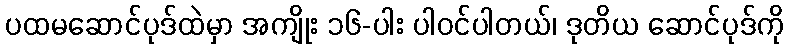
ပထမဆောင်ပုဒ်ထဲမှာ အကျိုး ၁၆-ပါး ပါဝင်ပါတယ်၊ ဒုတိယ ဆောင်ပုဒ်ကို